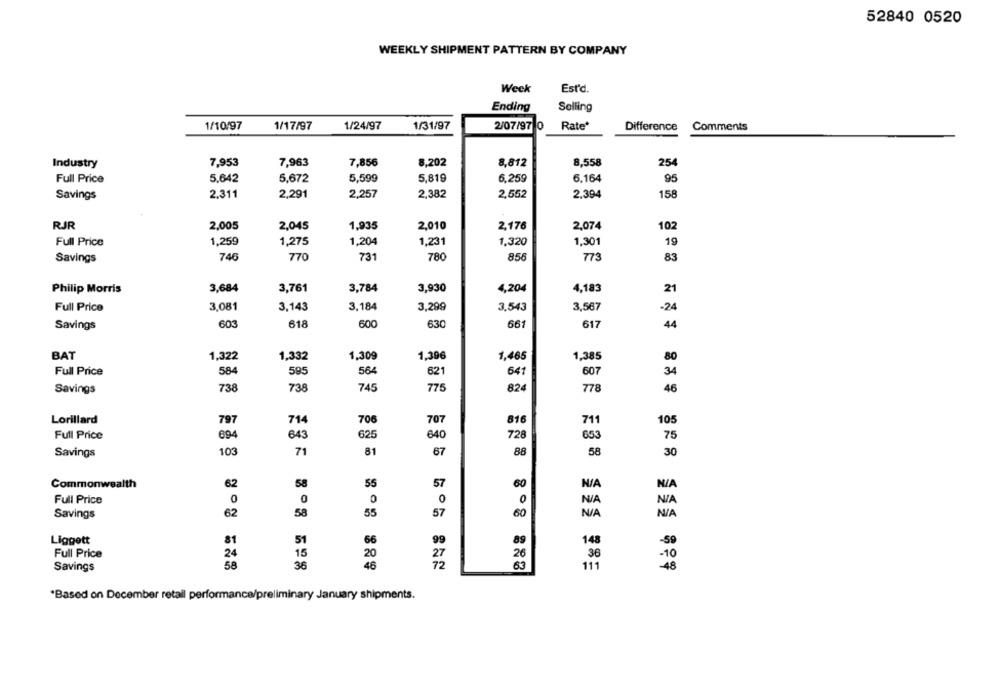
52840 0520
WEEKLY SHIPMENT PATTERN BY COMPANY
Week
Est'd.
Ending
Selling
1/10/97
2/07/97 0
1/17/97
1/24/97
1/31/97
Rate
Difference
Comments
Industry
7.953
7,963
7.856
8,202
8,812
8,558
254
Full Price
5.642
5,672
5,599
5,819
6,259
6.164
95
2.311
2,291
2,257
2,382
158
Savings
2,552
2.394
RJR
2,005
2,045
1,935
2,010
2,176
2,074
102
Full Price
1,259
1,275
1,204
1,231
1,320
1,301
19
746
770
731
780
856
773
Savings
83
Philip Morris
3,684
3,761
3,784
3,930
4,204
4,183
21
Full Price
3,081
3,143
3,184
3,299
3,543
3,567
-24
Savings
603
618
600
630
661
617
44
BAT
1,322
1,332
1,309
1,396
1,465
1,385
80
Full Price
584
595
564
621
641
607
34
738
738
745
775
824
778
Savings
46
Lorillard
797
714
706
707
816
711
105
Full Price
694
643
625
640
728
653
75
103
81
58
Savings
71
67
88
30
Commonwealth
62
58
55
57
60
Full Price
0
0
0
0
N /A
58
57
Savings
62
55
60
Liggett
81
51
66
99
89
148
-59
Full Price
15
27
26
-10
24
20
36
Savings
58
36
46
72
111
-48
"Based on December retail performance/preliminary January shipments.